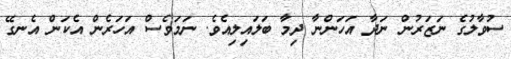
ސުވާލުގެ ނަޒަރުން ނަދާ އަހަންނާ ދިމާ ބަލައިލިއެވެ. ނަމަވެސް އަހަރެން އެކަން އެނގޭ